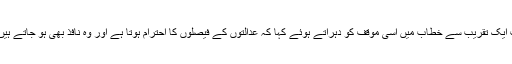
ہفتہ کو وزیراعظم شاہد خاقان عباسی نے بھی بہاولپور کے قریب ایک تقریب سے خطاب میں اسی موقف کو دہراتے ہوئے کہا کہ عدالتوں کے فیصلوں کا احترام ہوتا ہے اور وہ نافذ بھی ہو جاتے ہیں لیکن ان کے بقول ایسے فیصلوں کی تاریخ میں عزت نہیں ہوتی۔